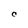
Character: C